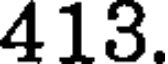
413.